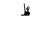
Letter: _za